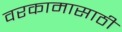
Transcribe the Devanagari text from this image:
वरकामासाठी